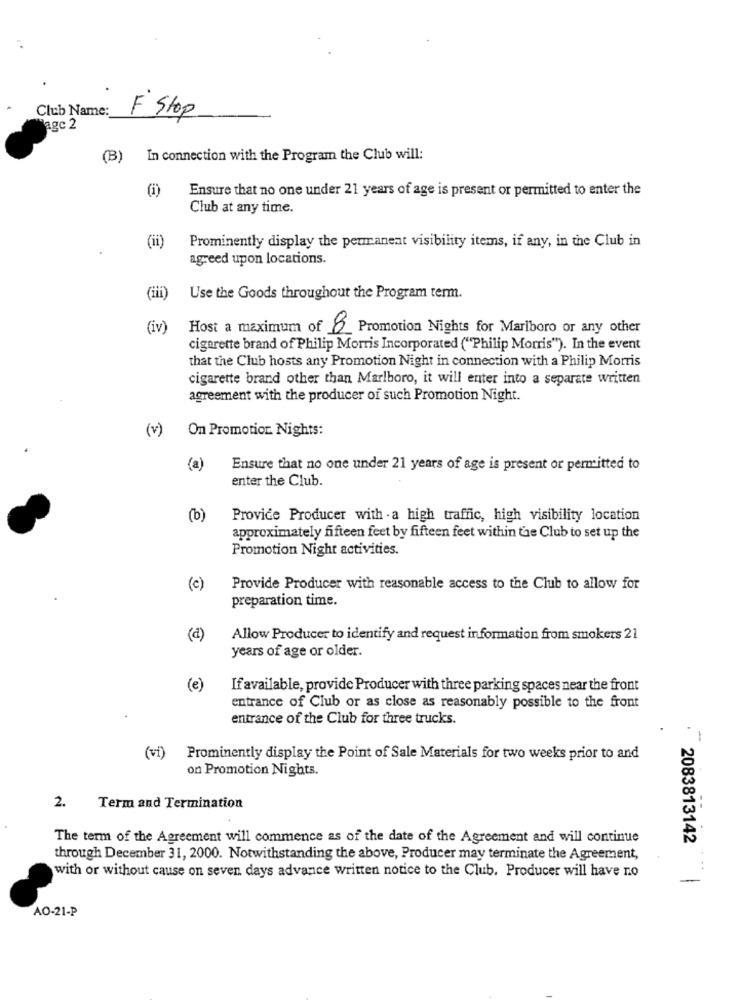
Club Name:
F Stop
agc 2
(B) In connection with the Program the Club will:
Ensure that no one under 21 years of age is present or permitted to enter the
Club at any time.
(ii)
Prominently display the permanent visibility items, if any, in the Club in
agreed upon locations.
(iii)
Use the Goods throughout the Program term.
(iv)
Host a maximum of 8 Promotion Nights for Marlboro or any other
cigarette brand of Philip Morris Incorporated ("Philip Morris"). In the event
that the Club hosts any Promotion Night in connection with a Philip Morris
cigarette brand other than Marlboro, it will enter into a separate written
agreement with the producer of such Promotion Night.
(v)
On Promotion Nights:
(a)
Ensure that no one under 21 years of age is present or permitted to
enter the Club.
(b)
Provide Producer with . a high traffic, high visibility location
approximately fifteen feet by fifteen feet within the Club to set up the
Promotion Night activities.
(c)
Provide Producer with reasonable access to the Club to allow for
preparation time.
(d)
Allow Producer to identify and request information from smokers 21
years of age or older.
(e)
If available, provide Producer with three parking spaces near the front
entrance of Club or as close as reasonably possible to the front
entrance of the Club for three trucks.
1
--
(vi)
Prominently display the Point of Sale Materials for two weeks prior to and
on Promotion Nights.
2.
Term and Termination
The term of the Agreement will commence as of the date of the Agreement and will continue
2083813142
through December 31, 2000. Notwithstanding the above, Producer may terminate the Agreement,
with or without cause on seven days advance written notice to the Club. Producer will have no
AO-21-P